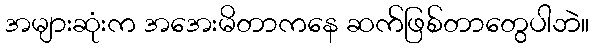
အများဆုံးက အအေးမိတာကနေ ဆက်ဖြစ်တာတွေပါဘဲ။